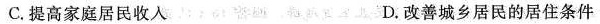
C.提高家庭居民收入 D.改善城乡居民的居住条件